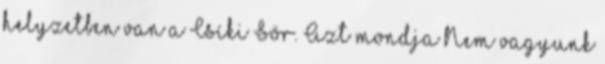
helyzetben van a Csíki Sör. Azt mondja Nem vagyunk